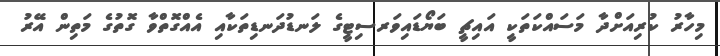
މިހާރު ކުރިއަށްދާ މަސައްކަތަކީ އައިޗީ ބަޔޯޑައިވަރސިޓީގެ ލަނޑުދަނޑިތަކާއި އެއްގޮތްވާ ގޮތުގެ މަތިން އޭރު